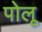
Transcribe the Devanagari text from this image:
पोलू